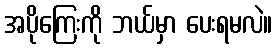
အပိုကြေးကို ဘယ်မှာ ပေးရမလဲ။